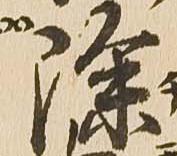
除